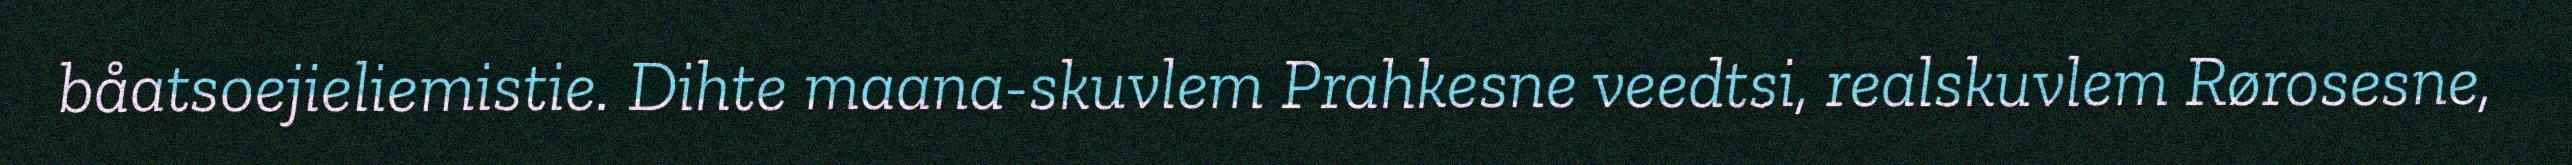
båatsoejieliemistie. Dihte maana-skuvlem Prahkesne veedtsi, realskuvlem Rørosesne,